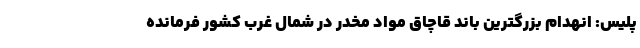
پلیس: انهدام بزرگترین باند قاچاق مواد مخدر در شمال غرب کشور فرمانده